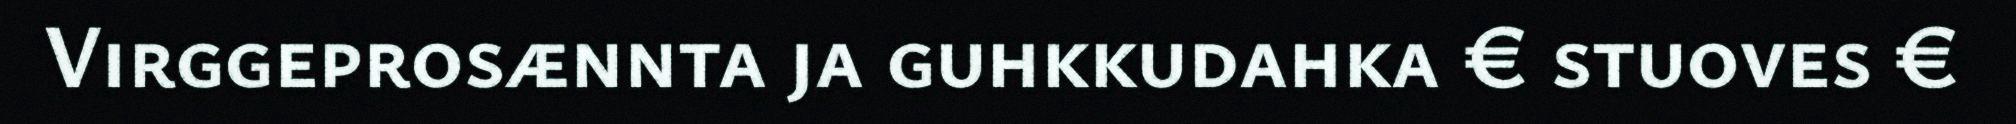
Virggeprosænnta ja guhkkudahka € stuoves €